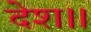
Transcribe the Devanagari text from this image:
देश।।